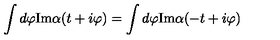
\int d \varphi \mathrm { I m } \alpha ( t + i \varphi ) = \int d \varphi \mathrm { I m } \alpha ( - t + i \varphi )